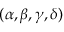
( \alpha , \beta , \gamma , \delta )